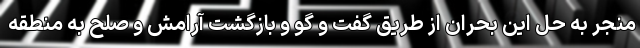
منجر به حل این بحران از طریق گفت و گو و بازگشت آرامش و صلح به منطقه